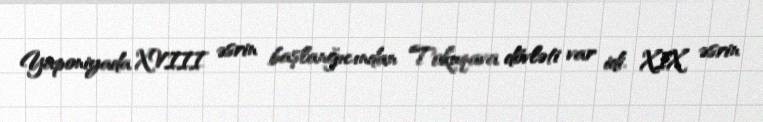
Yaponiyada XVIII əsrin başlanğıcından Tokuqava dövləti var idi. XIX əsrin